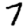
Digit: 7